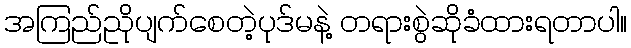
အကြည်ညိုပျက်စေတဲ့ပုဒ်မနဲ့ တရားစွဲဆိုခံထားရတာပါ။